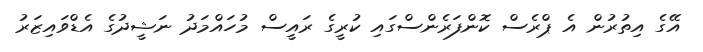
އޭގެ އިތުރުން އެ ޕްރެސް ކޮންފަރެންސްގައި ކުރީގެ ރައީސް މުހައްމަދު ނަޝީދުގެ އެޑްވައިޒަރު